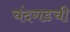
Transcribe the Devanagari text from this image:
चंदगडची